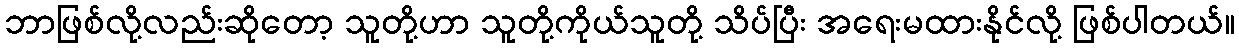
ဘာဖြစ်လို့လည်းဆိုတော့ သူတို့ဟာ သူတို့ကိုယ်သူတို့ သိပ်ပြီး အရေးမထားနိုင်လို့ ဖြစ်ပါတယ်။